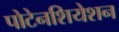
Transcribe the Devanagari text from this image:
पोटेनशियेशन